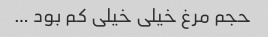
حجم مرغ خیلی خیلی کم بود …